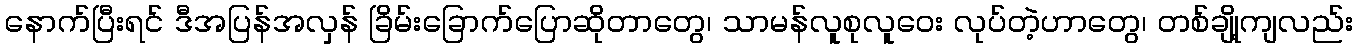
နောက်ပြီးရင် ဒီအပြန်အလှန် ခြိမ်းခြောက်ပြောဆိုတာတွေ၊ သာမန်လူစုလူဝေး လုပ်တဲ့ဟာတွေ၊ တစ်ချို့ကျလည်း